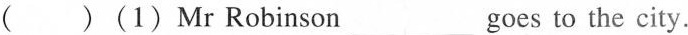
( )(1)Mr Robinson___ goes to the city.